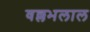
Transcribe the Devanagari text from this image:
वल्लभलाल